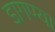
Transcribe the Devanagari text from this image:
डागण्या